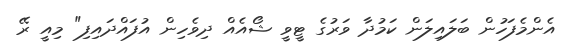
އެންމެފަހުން ބަލައިލަން ކަމުދާ ވަރުގެ ޓީވީ ޝޯއެއް ދިވެހިން އުފައްދައިފި" މިއީ ރޭ